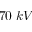
7 0 \; k V